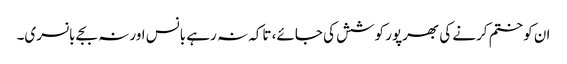
ان کو ختم کرنے کی بھرپور کوشش کی جائے، تاکہ نہ رہے بانس اور نہ بجے بانسری۔